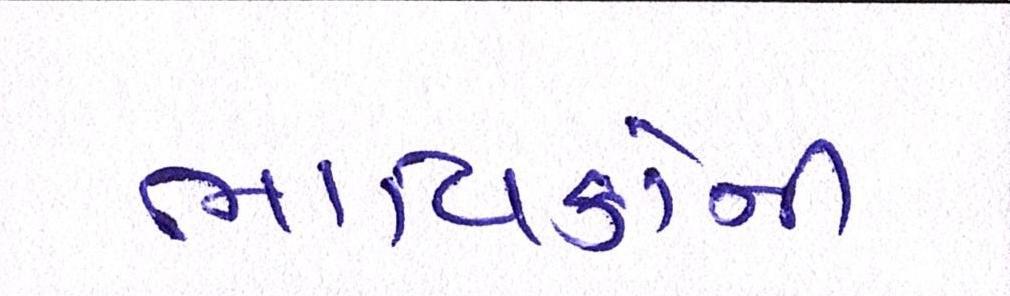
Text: ભાવિકોની